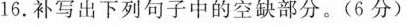
16.补写出下列句子中的空缺部分。(6分)